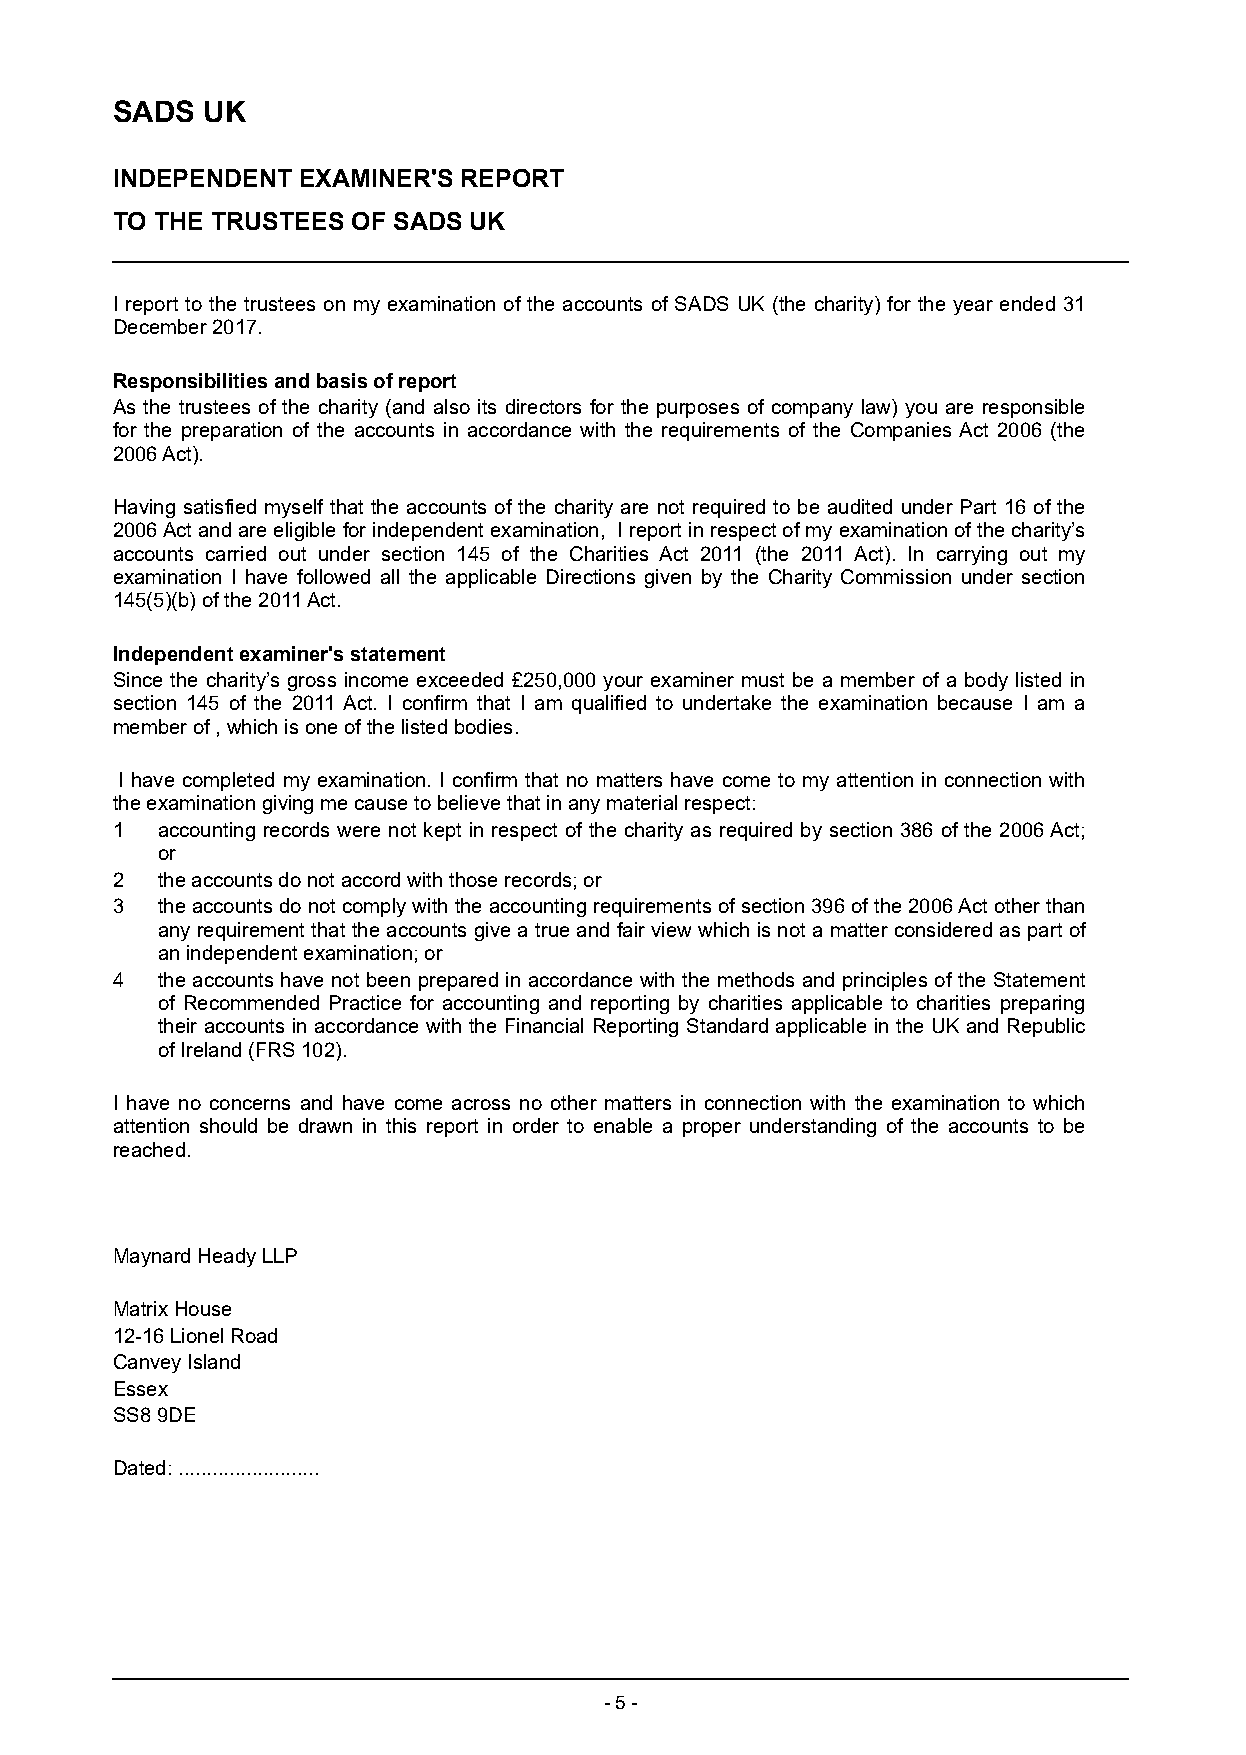
SADS  UK
 INDEPENDENT  EXAMINER'S REPORT
 TO THE TRUSTEES OF SADS UK
 I report to the trustees on my examination of the accounts of SADS UK (the charity) for the year ended 31
 December 2017.
 Responsibilities and basis of report
 As the trustees of the charity (and also its directors for the purposes of company law) you are responsible
 for the preparation of the accounts in accordance with the requirements of the Companies Act 2006 (the
 2006 Act).
 Having satisfied myself that the accounts of the charity are not required to be audited under Part 16 of the
 2006 Act and are eligible for independent examination, I report in respect of my examination of the charity’s
 accounts carried out under section 145 of the Charities Act 2011 (the 2011 Act). In carrying out my
 examination I have followed all the applicable Directions given by the Charity Commission under section
 145(5)(b) of the 2011 Act.
 Independent examiner's statement
 Since the charity’s gross income exceeded £250,000 your examiner must be a member of a body listed in
 section 145 of the 2011 Act. I confirm that I am qualified to undertake the examination because I am a
 member of , which is one of the listed bodies.
 I have completed my examination. I confirm that no matters have come to my attention in connection with
 the examination giving me cause to believe that in any material respect:
 1  accounting records were not kept in respect of the charity as required by section 386 of the 2006 Act;
 or
 2  the accounts do not accord with those records; or
 3  the accounts do not comply with the accounting requirements of section 396 of the 2006 Act other than
 any requirement that the accounts give a true and fair view which is not a matter considered as part of
 an independent examination; or
 4  the accounts have not been prepared in accordance with the methods and principles of the Statement
 of Recommended Practice for accounting and reporting by charities applicable to charities preparing
 their accounts in accordance with the Financial Reporting Standard applicable in the UK and Republic
 of Ireland (FRS 102).
 I have no concerns and have come across no other matters in connection with the examination to which
 attention should be drawn in this report in order to enable a proper understanding of the accounts to be
 reached.
 Maynard Heady LLP
 Matrix House
 12-16 Lionel Road
 Canvey Island
 Essex
 SS8 9DE
 Dated: .........................
 - 5 -